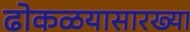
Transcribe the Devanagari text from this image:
ढोकळयासारख्या